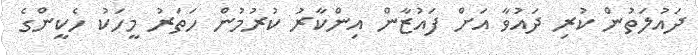
ދައުލަތުން ކުރި ދައުވާ އަށް ފައުޒާން އިންކާރު ކުރުމުން ހަތަރު މީހަކު ހެކީންގެ